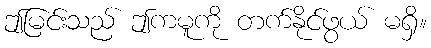
ဤမြင်းသည် ဤကမူကို တက်နိုင်ဖွယ် မရှိ။